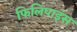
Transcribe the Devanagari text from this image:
फिलिपाइंस